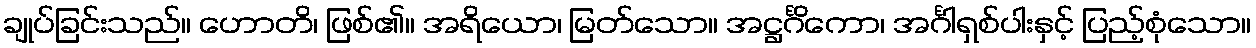
ချုပ်ခြင်းသည်။ ဟောတိ၊ ဖြစ်၏။ အရိယော၊ မြတ်သော။ အဋ္ဌင်္ဂိကော၊ အင်္ဂါရှစ်ပါးနှင့် ပြည့်စုံသော။